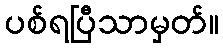
ပစ်ရပြီသာမှတ်။